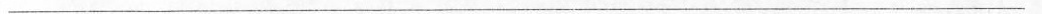
___